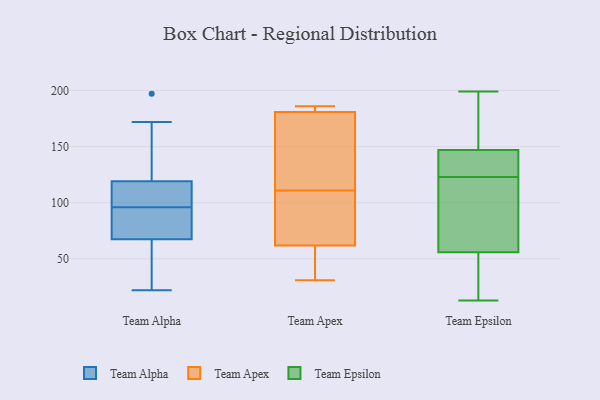
{"axis": {"x": "Churn Rate (%)", "y": "Value"}, "legend": ["Team Alpha", "Team Apex", "Team Epsilon"], "data": [{"x": "", "y": 172, "type": "Team Alpha"}, {"x": "", "y": 114, "type": "Team Alpha"}, {"x": "", "y": 64, "type": "Team Alpha"}, {"x": "", "y": 121, "type": "Team Alpha"}, {"x": "", "y": 96, "type": "Team Alpha"}, {"x": "", "y": 78, "type": "Team Alpha"}, {"x": "", "y": 78, "type": "Team Alpha"}, {"x": "", "y": 22, "type": "Team Alpha"}, {"x": "", "y": 44, "type": "Team Alpha"}, {"x": "", "y": 112, "type": "Team Alpha"}, {"x": "", "y": 197, "type": "Team Alpha"}, {"x": "", "y": 180, "type": "Team Apex"}, {"x": "", "y": 31, "type": "Team Apex"}, {"x": "", "y": 111, "type": "Team Apex"}, {"x": "", "y": 184, "type": "Team Apex"}, {"x": "", "y": 40, "type": "Team Apex"}, {"x": "", "y": 89, "type": "Team Apex"}, {"x": "", "y": 116, "type": "Team Apex"}, {"x": "", "y": 186, "type": "Team Apex"}, {"x": "", "y": 53, "type": "Team Apex"}, {"x": "", "y": 96, "type": "Team Apex"}, {"x": "", "y": 181, "type": "Team Apex"}, {"x": "", "y": 138, "type": "Team Epsilon"}, {"x": "", "y": 140, "type": "Team Epsilon"}, {"x": "", "y": 199, "type": "Team Epsilon"}, {"x": "", "y": 100, "type": "Team Epsilon"}, {"x": "", "y": 100, "type": "Team Epsilon"}, {"x": "", "y": 147, "type": "Team Epsilon"}, {"x": "", "y": 21, "type": "Team Epsilon"}, {"x": "", "y": 132, "type": "Team Epsilon"}, {"x": "", "y": 166, "type": "Team Epsilon"}, {"x": "", "y": 158, "type": "Team Epsilon"}, {"x": "", "y": 126, "type": "Team Epsilon"}, {"x": "", "y": 62, "type": "Team Epsilon"}, {"x": "", "y": 149, "type": "Team Epsilon"}, {"x": "", "y": 16, "type": "Team Epsilon"}, {"x": "", "y": 13, "type": "Team Epsilon"}, {"x": "", "y": 49, "type": "Team Epsilon"}, {"x": "", "y": 56, "type": "Team Epsilon"}, {"x": "", "y": 120, "type": "Team Epsilon"}]}